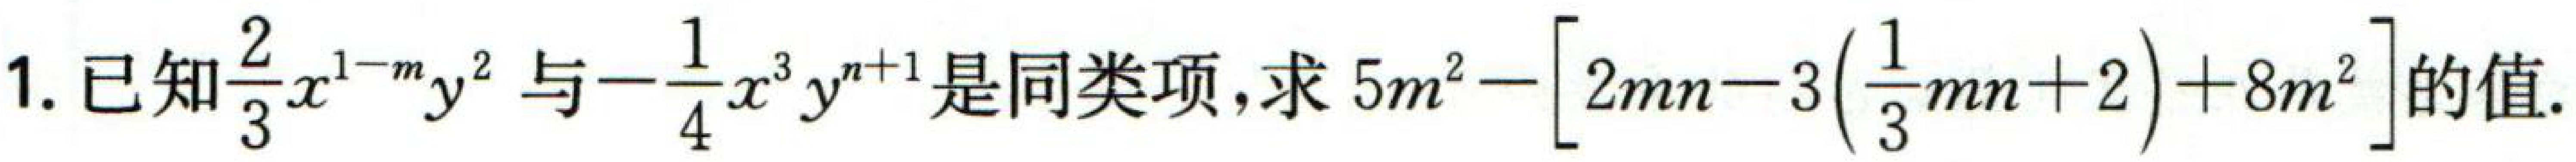
已知$\frac{2}{3}x^{1 - m}y^{2}$与$-\frac{1}{4}x^{3}y^{n + 1}$是同类项，求$5m^{2}-\left[2mn - 3\left(\frac{1}{3}mn + 2\right)+ 8m^{2}\right]$的值.